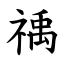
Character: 䄔